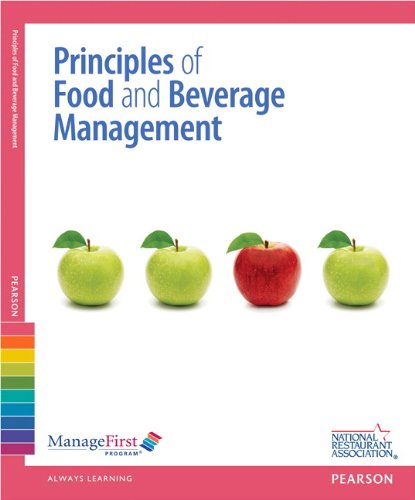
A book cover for ManageFirst: Principles of Food and Beverage Management with Answer Sheet (2nd Edition) (Managefirst Program); National Restaurant Association; Cookbooks, Food & Wine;